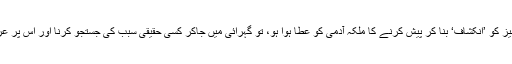
اور اگر ایک سامنے کی چیز کو ’انکشاف‘ بنا کر پیش کرنے کا ملکہ آدمی کو عطا ہوا ہو، تو گہرائی میں جاکر کسی حقیقی سبب کی جستجو کرنا اور اس پر عرق بہانا کیا ضروری ہے!